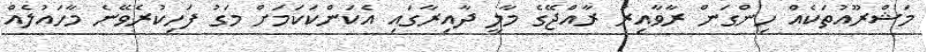
މަޝްރޫއުތަކެއް ހިންގަން ރާވާއިރު ރާއްޖޭގެ މާލީ ދާއިރާގައި އެކަންކަކަމަށް މަގު ފަހިކުރެވޭނެ މާހައުލެއް